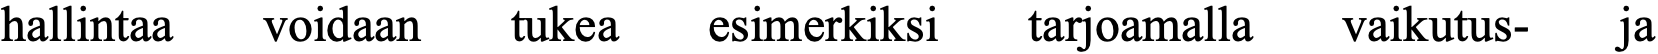
hallintaa voidaan tukea esimerkiksi tarjoamalla vaikutus- ja